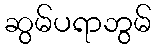
ဆွမ်ပရာဘွမ်